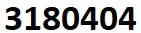
3180404